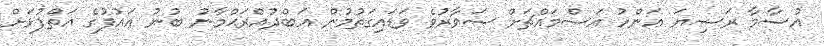
އުސާމާ ރަޟިޔަ ޢަންހު އަސްމައްޗަށް ސަވާރުވެ ވަޑައިގަތުމުން ޢަބްދުއްރަޙްމާނު ބުނު ޢައުފުގެ އަތްޕުޅަށް